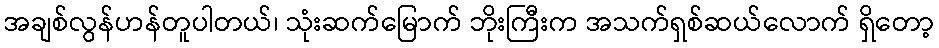
အချစ်လွန်ဟန်တူပါတယ်၊ သုံးဆက်မြောက် ဘိုးကြီးက အသက်ရှစ်ဆယ်လောက် ရှိတော့